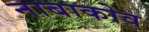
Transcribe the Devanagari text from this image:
नाबाकोव